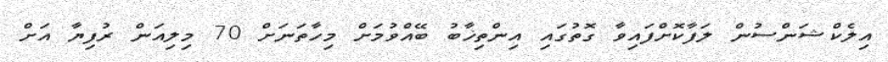
އިލެކްޝަންސުން ލަފާކޮށްފައިވާ ގޮތުގައި އިންތިޚާބު ބޭއްވުމަށް މިހާތަނަށް 70 މިލިއަން ރުފިޔާ އަށް